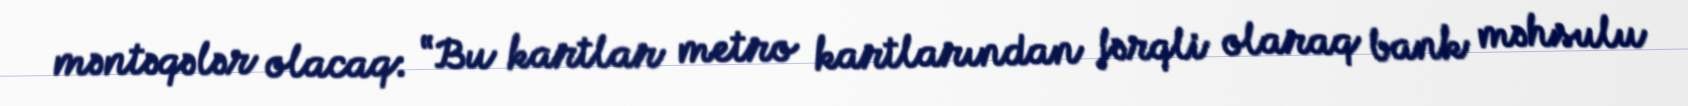
məntəqələr olacaq: “Bu kartlar metro kartlarından fərqli olaraq bank məhsulu